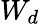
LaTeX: W_{d}